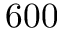
6 0 0